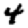
Digit: 4